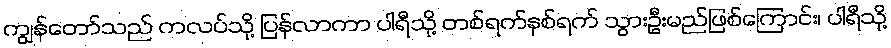
ကျွန်တော်သည် ကလပ်သို့ ပြန်လာကာ ပါရီသို့ တစ်ရက်နှစ်ရက် သွားဦးမည်ဖြစ်ကြောင်း၊ ပါရီသို့